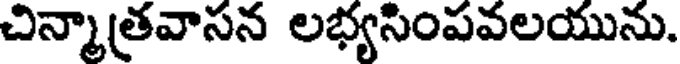
చిన్మాత్రవాసన లభ్యసింపవలయును.